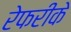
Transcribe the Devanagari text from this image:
रेफरीके